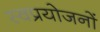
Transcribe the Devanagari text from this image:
स्वप्रयोजनों